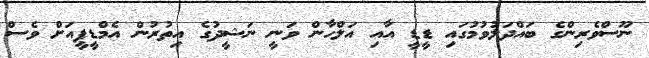
ނޫސްވެރިންގެ ބައްދަލުވުމުގައި ޑީޑީ އާއި އަލްހާން ވަނީ ނަޝީދުގެ އިތުރުން އެމްޑީޕީއަށް ވެސް